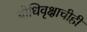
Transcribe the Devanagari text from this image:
बोधिवृक्षाचीही